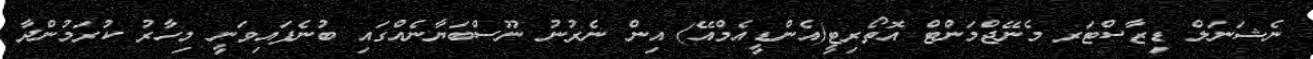
ނެޝަނަލް ޑިޒާސްޓަރ މެނޭޖްމަންޓް އޮތޯރިޓީ(އެންޑީއެމްއޭ) އިން ނެރުނު ނޫސްބަޔާނެއްގައި ބުނެފައިވަނީ މިހާރު ކުރަމުންދާ